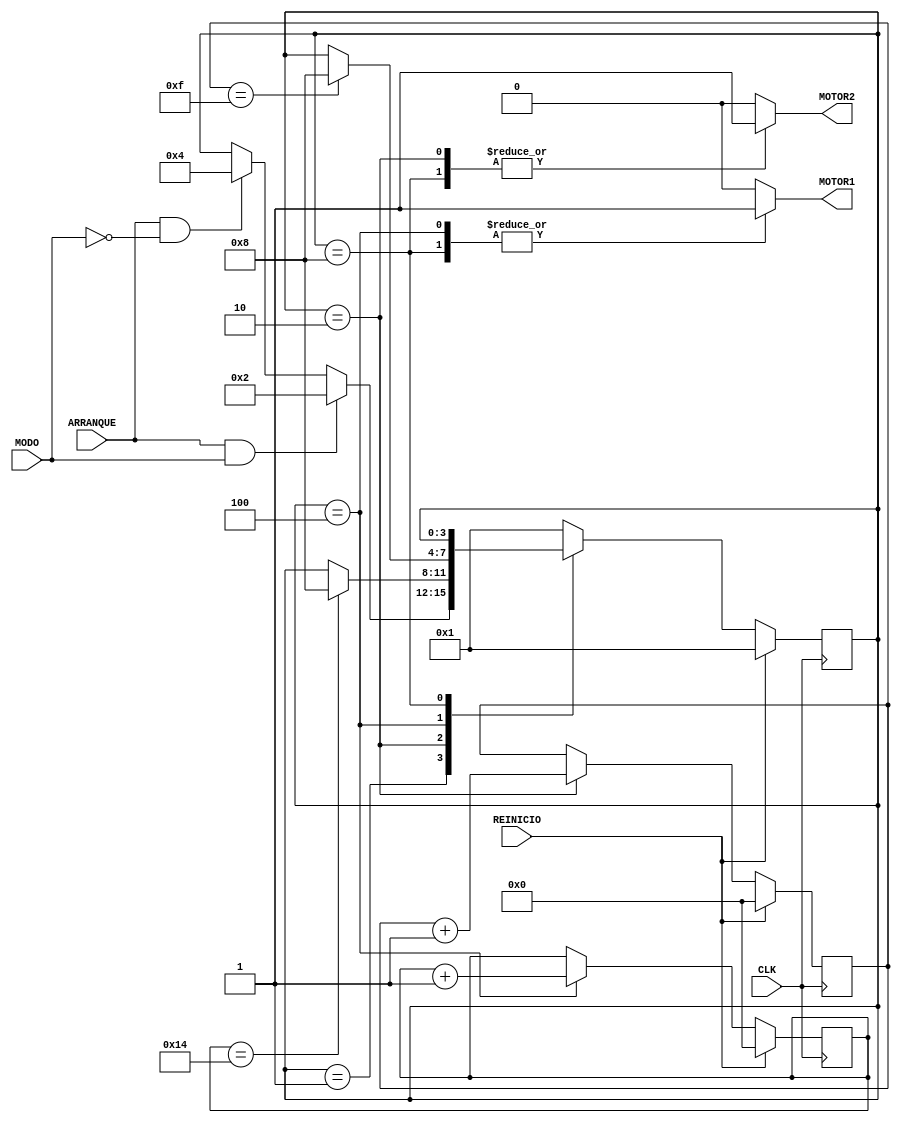
module quiz4 (/*AUTOARG*/
   // Outputs
   MOTOR1, MOTOR2,
   // Inputs
   CLK, REINICIO, ARRANQUE, MODO
   );

/*AUTOINPUT*/
input CLK;
input REINICIO;
input ARRANQUE;
input MODO;
/*AUTOOUTPUT*/
output reg MOTOR1;
output reg MOTOR2;
/*AUTOREG*/
reg [5:0] BATERIA;
reg [5:0] NEXTBATERIA;
reg [5:0] TANQUE;
reg [5:0] NEXTTANQUE;

/******************************************************************************
                              PARAMETROS DE ESTADO
 *****************************************************************************/
parameter N = 4;  // PARAMETRO PARA CANTIDAD DE ESTADOS

parameter INICIO = {{(N-1){1'b0}} , 1'b1}; // CONCATENANDO N-1 CEROS CON UN 1 
parameter GAS = INICIO << 1;
parameter ELECTRICO = GAS << 1;
parameter FIN = ELECTRICO << 1;

// REGISTROS INTERNO PARA MANEJO DE ESTADOS
reg [N-1:0]state;
reg [N-1:0]nextState;

/******************************************************************************
                              COMPORTAMIENTOS
 *****************************************************************************/
always @(posedge CLK) begin // LGICA SECUENCIAL
  if (REINICIO) begin             
                              // REINICIO DE VALORES DE FF
  /*AUTORESET*/
  // Beginning of autoreset for uninitialized flops
  BATERIA <= 0;
  TANQUE <= 0;
  state <= INICIO;
  // End of automatics

  end else begin              
                              // TRANSICIN DE ESTADOS DE FF
    state <= nextState;       
    BATERIA <= NEXTBATERIA ;       
    TANQUE <= NEXTTANQUE;       
  end
end

always @(*) begin   // LGICA COMBINACIONAL 

                              // SOSTENIENDO VALORES DE FF
nextState = state;
NEXTBATERIA = BATERIA;
NEXTTANQUE = TANQUE;
                              // VALORES DE OUTPUTS POR DEFECTO
MOTOR1 = 0;
MOTOR2 = 0;


/*CASOS PARA CADA ESTADO*/
case(state)
  INICIO: begin
            if (ARRANQUE && MODO) begin
              nextState = GAS;
            end else if (ARRANQUE && ~MODO) begin
              nextState = ELECTRICO;
            end 
          end
  GAS: begin
          NEXTTANQUE = TANQUE+1;      // aumentando contador del tanque
          MOTOR2 = 1;                 // Se enciende motor 2
          if (BATERIA == 20) begin
            nextState = FIN;
          end
  end

  ELECTRICO: begin
          NEXTBATERIA = BATERIA+1;    // aumentando contador de bateria
          MOTOR1 = 1;                 // se enciende motor 1
          if (TANQUE == 15) begin
            nextState = FIN;
          end
  end
  FIN: begin
          MOTOR1 = 1;     // Se encienden ambos motores
          MOTOR2 = 1;
  end
  default:  begin
            nextState = INICIO; // si ocurre un estado no deseado
                                // se dirige a estado INICIO
            end          
endcase
end

endmodule